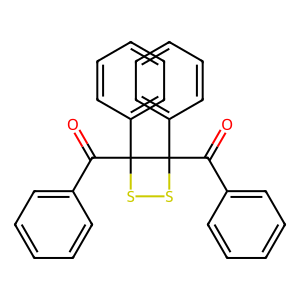
SMILES: O=C(c1ccccc1)C1(c2ccccc2)SSC1(C(=O)c1ccccc1)c1ccccc1
Inhibits HIV replication: No